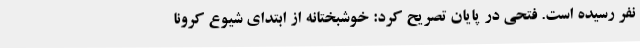
نفر رسیده است. فتحی در پایان تصریح کرد: خوشبختانه از ابتدای شیوع کرونا